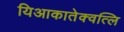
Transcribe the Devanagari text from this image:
यिआकातेक्वत्लि